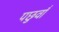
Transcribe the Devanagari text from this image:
पछुवाँ